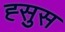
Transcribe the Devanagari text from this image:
ह्सुस